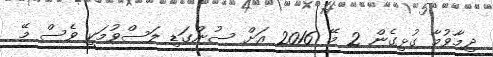
ދިމާވުމާ ގުޅިގެން 2 މޭ 2016 އަށް ސުންގަޑި ލަސްވުމަކީ ވެސް މޭ